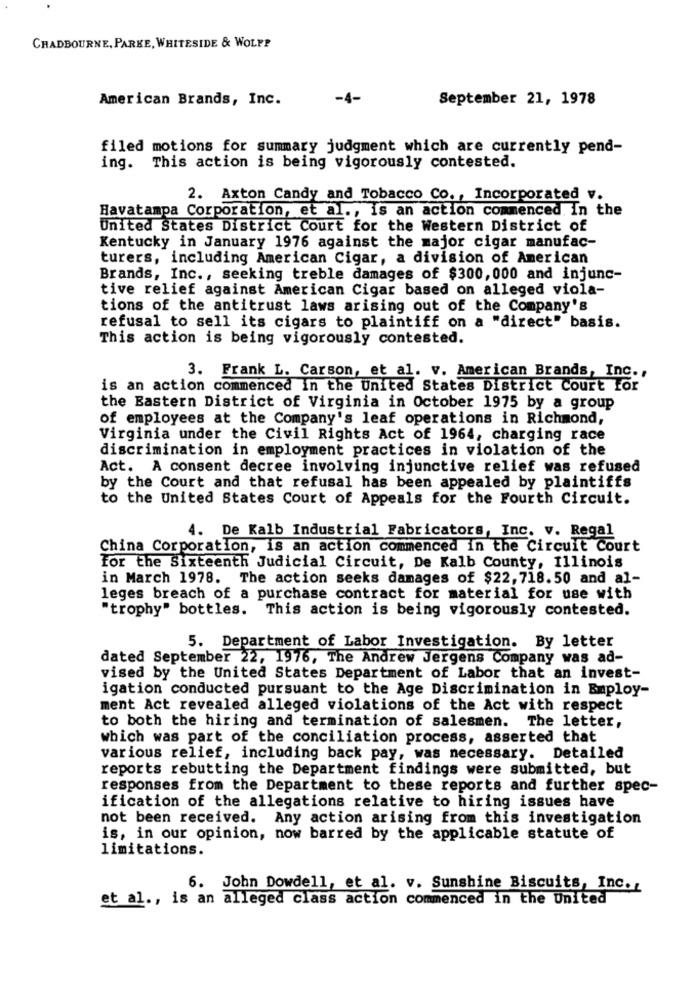
CHADBOURNE, PARKE, WHITESIDE & WOLF?
American Brands, Inc.
-4-
September 21, 1978
filed motions for summary judgment which are currently pend-
ing. This action is being vigorously contested.
2. Axton Candy and Tobacco Co ., Incorporated v.
Havatampa Corporation, et al ., is an action commenced. In the
United States District Court for the Western District of
Kentucky in January 1976 against the major cigar manufac-
turers, including American Cigar, a division of American
Brands, Inc ., seeking treble damages of $300, 000 and injunc-
tive relief against American Cigar based on alleged viola-
tions of the antitrust laws arising out of the Company's
refusal to sell its cigars to plaintiff on a "direct" basis.
This action is being vigorously contested.
3. Frank L. Carson, et al. v. American Brands, Inc .,
is an action commenced in the United States District Court for
the Eastern District of Virginia in October 1975 by a group
of employees at the Company's leaf operations in Richmond,
Virginia under the Civil Rights Act of 1964, charging race
discrimination in employment practices in violation of the
Act. A consent decree involving injunctive relief was refused
by the Court and that refusal has been appealed by plaintiffs
to the United States Court of Appeals for the Fourth Circuit.
4. De Kalb Industrial Fabricators, Inc. v. Regal
China Corporation, is an action commenced in the Circuit Court
For the Sixteenth Judicial Circuit, De Kalb County, Illinois
in March 1978. The action seeks damages of $22, 718.50 and al-
leges breach of a purchase contract for material for use with
"trophy" bottles. This action is being vigorously contested.
5. Department of Labor Investigation. By letter
dated September 22, 1976, The Andrew Jergens Company was ad-
vised by the United States Department of Labor that an invest-
igation conducted pursuant to the Age Discrimination in Employ-
ment Act revealed alleged violations of the Act with respect
to both the hiring and termination of salesmen. The letter,
which was part of the conciliation process, asserted that
various relief, including back pay, was necessary. Detailed
reports rebutting the Department findings were submitted, but
responses from the Department to these reports and further spec-
ification of the allegations relative to hiring issues have
not been received. Any action arising from this investigation
is, in our opinion, now barred by the applicable statute of
limitations.
6. John Dowdell, et al. v. Sunshine Biscuits, Inc.
et al ., is an alleged class action commenced in the United